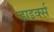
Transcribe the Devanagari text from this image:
डाइर्क्स